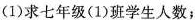
(1)求七年级(1)班学生人数；